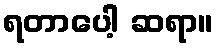
ရတာပေါ့ ဆရာ။